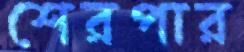
শেরপার